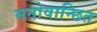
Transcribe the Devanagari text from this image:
मनोवान्छित